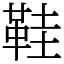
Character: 鞋